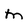
Character: M